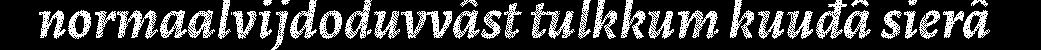
normaalvijdoduvvâst tulkkum kuuđâ sierâ